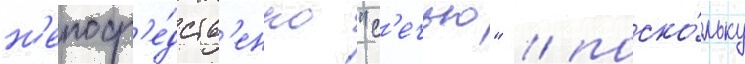
н'епоср'е́дств'енно "с'ечью" / поско́льку